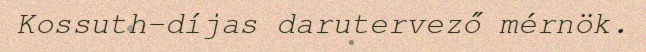
Kossuth-díjas darutervező mérnök.